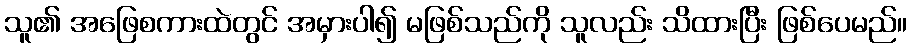
သူ၏ အဖြေစကားထဲတွင် အမှားပါ၍ မဖြစ်သည်ကို သူလည်း သိထားပြီး ဖြစ်ပေမည်။